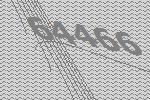
64466